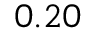
_ { 0 . 2 0 }